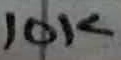
Text: 10K